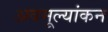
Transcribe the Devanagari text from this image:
अवमूल्यांकन